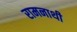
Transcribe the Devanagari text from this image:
रामनाथी